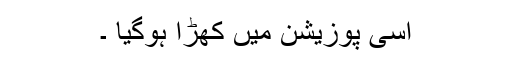
اسی پوزیشن میں کھڑا ہوگیا ۔